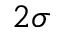
2 \sigma